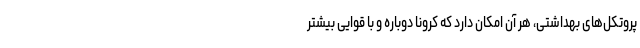
پروتکل‌های بهداشتی، هر آن امکان دارد که کرونا دوباره و با قوایی بیشتر